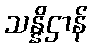
သန္နိဌာန်